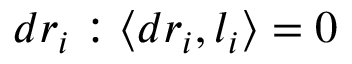
d r _ { i } : \langle d r _ { i } , l _ { i } \rangle = 0